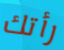
رأتك